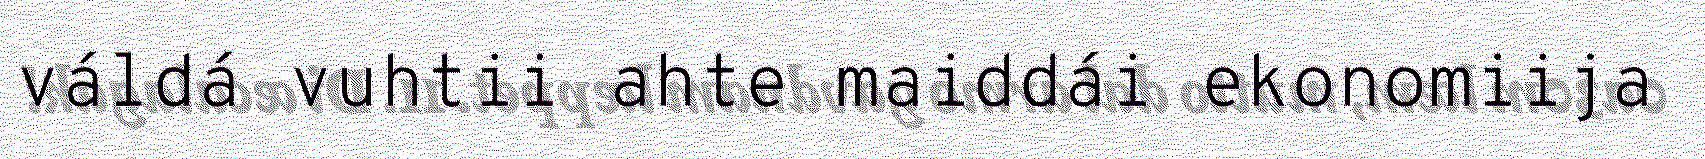
váldá vuhtii ahte maiddái ekonomiija